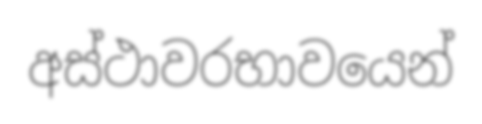
අස්ථාවරභාවයෙන්